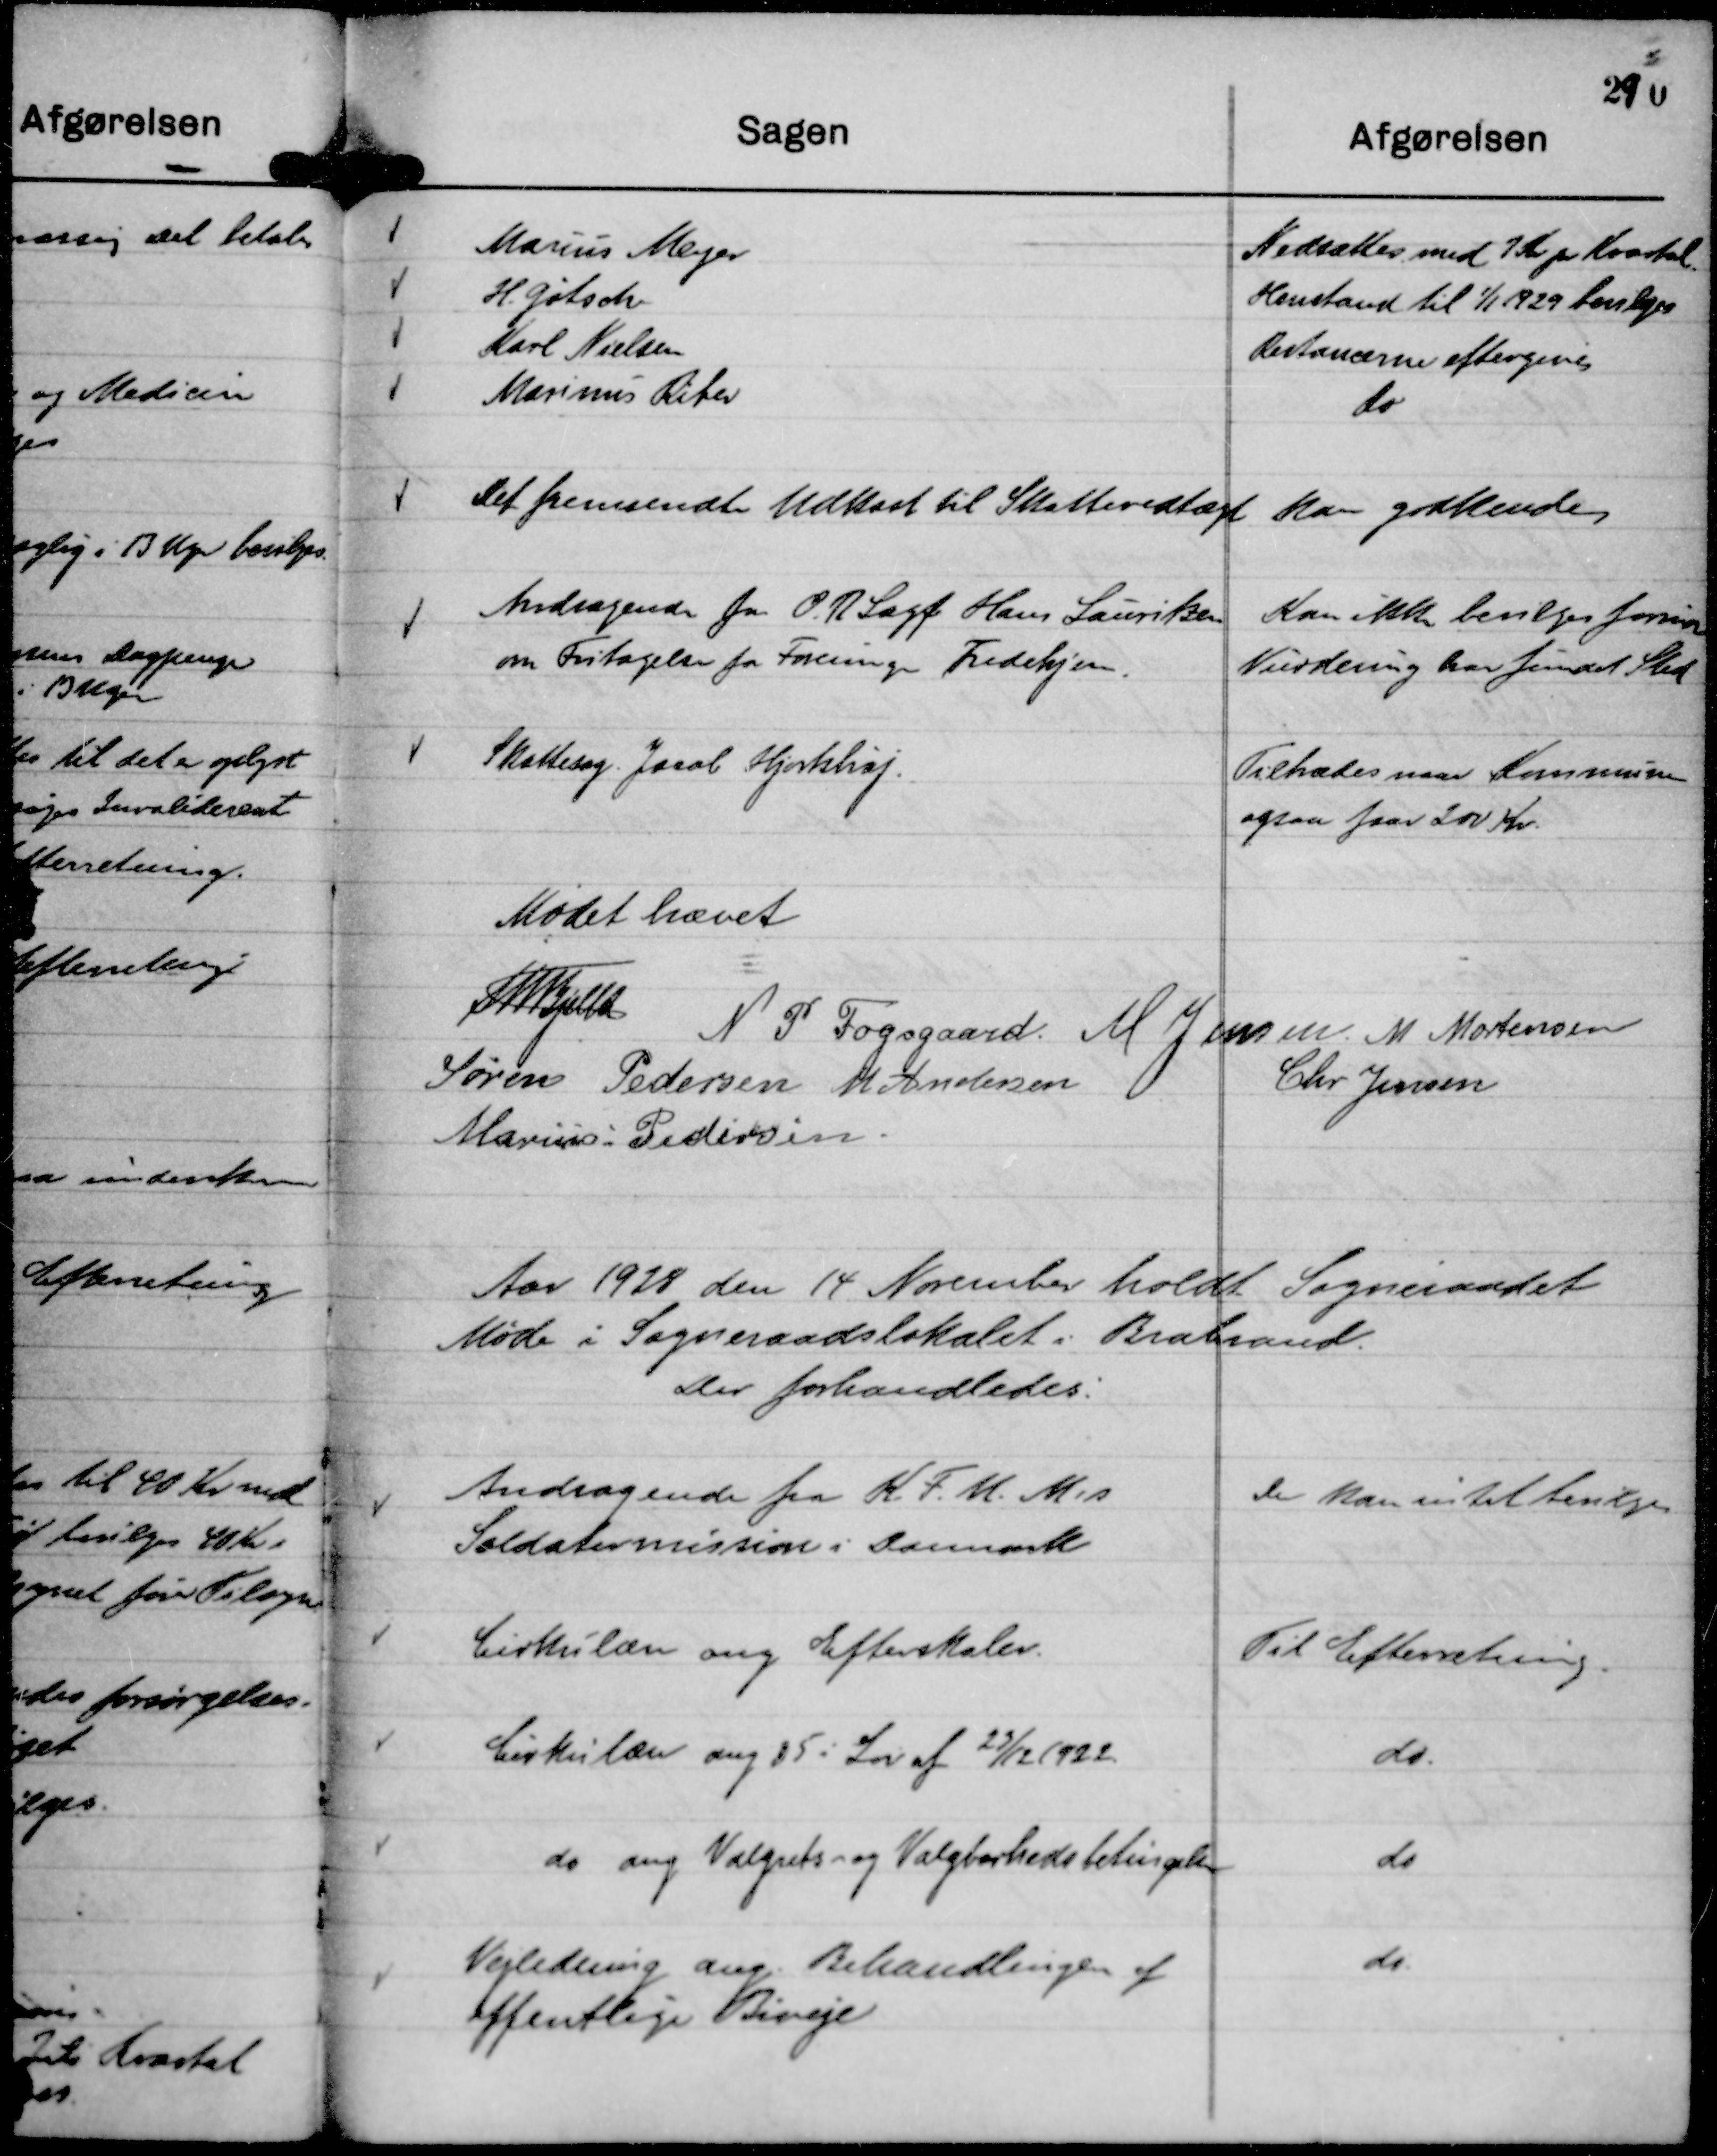
Transskription:
Marius Meyer
Nedsættes med 1 Kr pr Kvartal.

H. Gøtsch
Henstand til 1/1 1929 bevilges

Karl Nielsen
Restancerne eftergives

Marinus Riber
do

Det fremsendte Udkast til Skattevedtægt

Kan godkendes

Andragende fra O.R Sagf Hans Lauritzen
om Fritagelse for Foreningen Fredehjem.

Kan ikke bevilges førend
Vurdering har fundet Sted

Skattesag. Jacob Hjortshøj.

Tiltrædes naar Kommunen
ogsaa faar 200 Kr.

Mødet hævet
Th Bjelke
N P Fogsgaard.
M Jensen.
M Mortensen
Søren Pedersen
M Andersen
Chr Jensen
Marius Pedersen.

Aar 1928 den 14 November holdt Sogneraadet
Møde i Sogneraadslokalet i Brabrand.
Der forhandledes:

Andragende fra K. F. U. M's
Soldatermission i Danmark

Der kan intet bevilges

Cirkulære ang Efterskoler.

Til Efterretning.

Cirkulære ang § 5 i Lov af 23/12 1922.

do.

do ang Valgrets- og Valgbarhedsbetingelser

do

Vejdledning ang. Behandlingen af
offentlige Biveje

do.